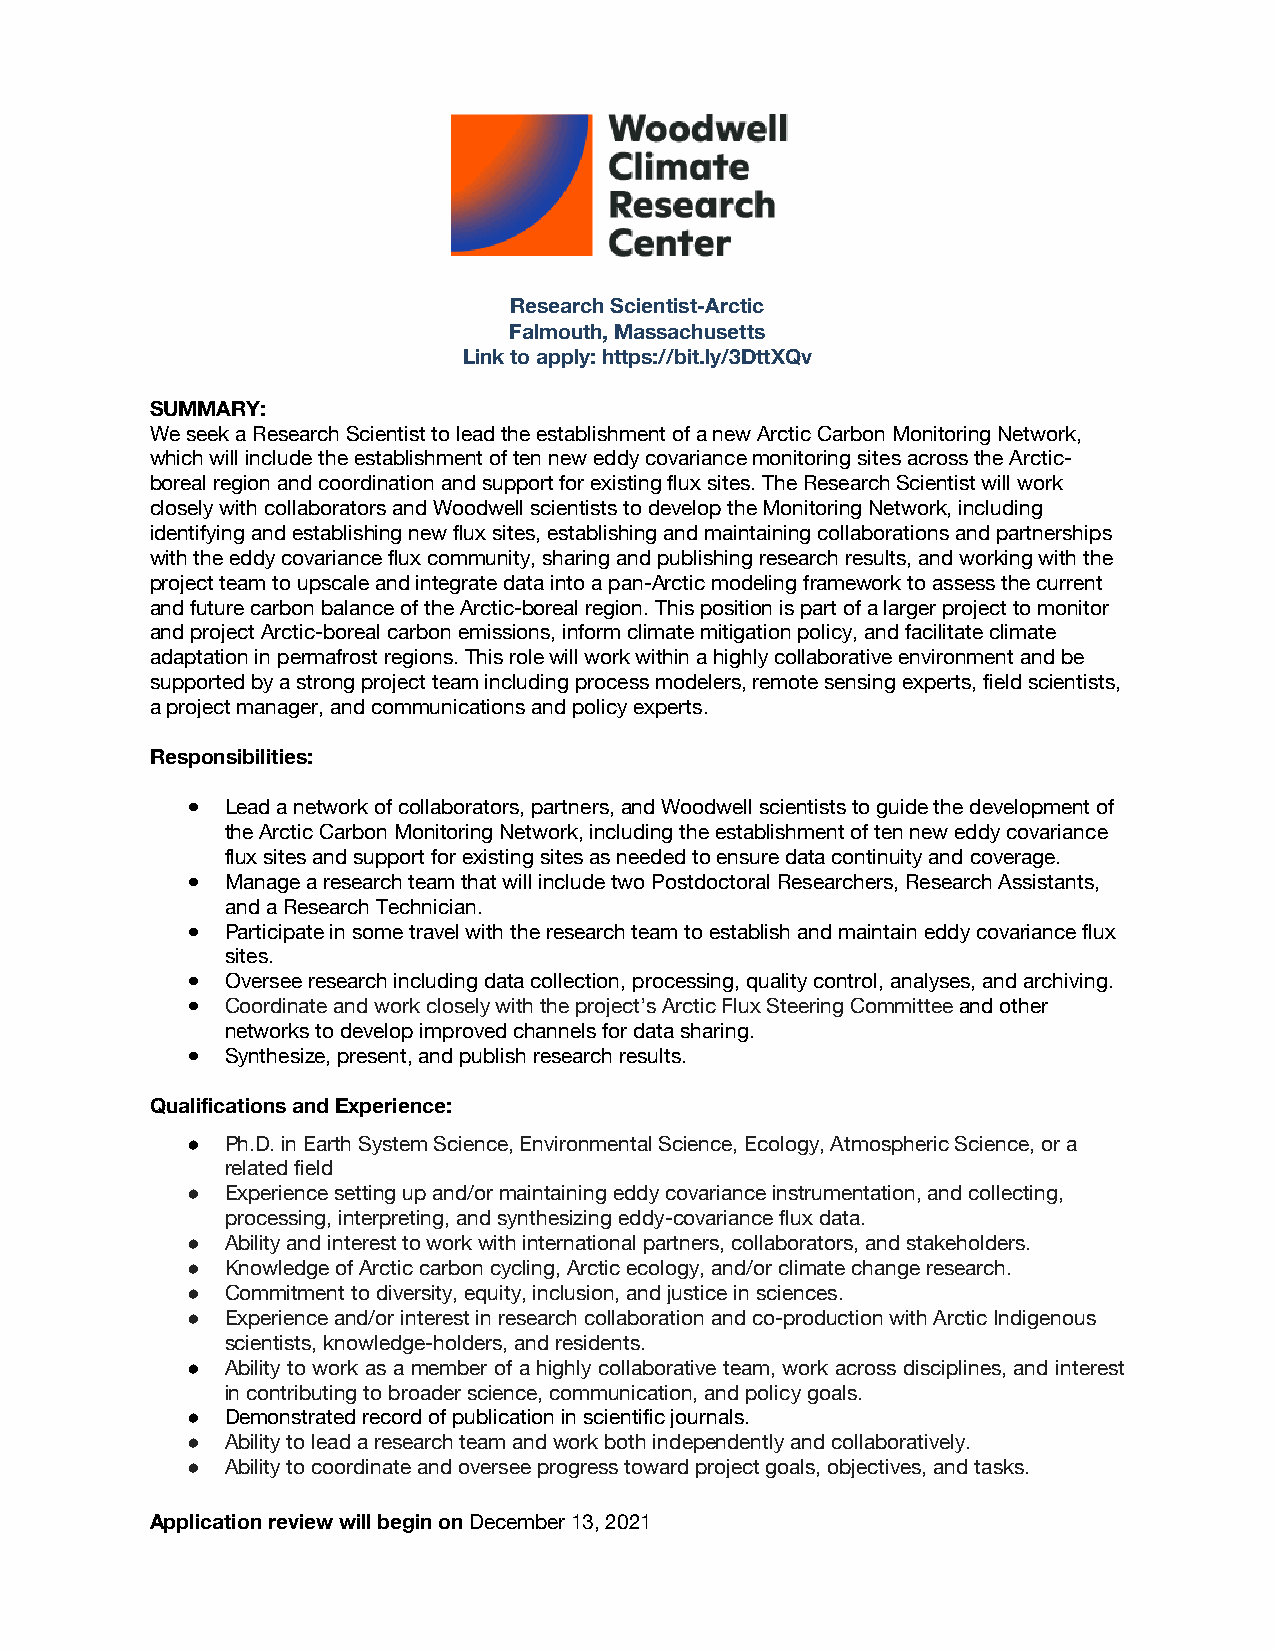
Research Scientist-Arctic
 Falmouth, Massachusetts
 Link to apply: https://bit.ly/3DttXQv
 SUMMARY:
 We seek a Research Scientist to lead the establishment of a new Arctic Carbon Monitoring Network,
 which will include the establishment of ten new eddy covariance monitoring sites across the Arctic-
 boreal region and coordination and support for existing flux sites. The Research Scientist will work
 closely with collaborators and Woodwell scientists to develop the Monitoring Network, including
 identifying and establishing new flux sites, establishing and maintaining collaborations and partnerships
 with the eddy covariance flux community, sharing and publishing research results, and working with the
 project team to upscale and integrate data into a pan-Arctic modeling framework to assess the current
 and future carbon balance of the Arctic-boreal region. This position is part of a larger project to monitor
 and project Arctic-boreal carbon emissions, inform climate mitigation policy, and facilitate climate
 adaptation in permafrost regions. This role will work within a highly collaborative environment and be
 supported by a strong project team including process modelers, remote sensing experts, field scientists,
 a project manager, and communications and policy experts.
 Responsibilities:
 ●  Lead a network of collaborators, partners, and Woodwell scientists to guide the development of
 the Arctic Carbon Monitoring Network, including the establishment of ten new eddy covariance
 flux sites and support for existing sites as needed to ensure data continuity and coverage.
 ●  Manage a research team that will include two Postdoctoral Researchers, Research Assistants,
 and a Research Technician.
 ●  Participate in some travel with the research team to establish and maintain eddy covariance flux
 sites.
 ●  Oversee research including data collection, processing, quality control, analyses, and archiving.
 ●  Coordinate and work closely with the project’s Arctic Flux Steering Committee and other
 networks to develop improved channels for data sharing.
 ●  Synthesize, present, and publish research results.
 Qualifications and Experience:
 ●  Ph.D. in Earth System Science, Environmental Science, Ecology, Atmospheric Science, or a
 related field
 ●  Experience setting up and/or maintaining eddy covariance instrumentation, and collecting,
 processing, interpreting, and synthesizing eddy-covariance flux data.
 ●  Ability and interest to work with international partners, collaborators, and stakeholders.
 ●  Knowledge of Arctic carbon cycling, Arctic ecology, and/or climate change research.
 ●  Commitment to diversity, equity, inclusion, and justice in sciences.
 ●  Experience and/or interest in research collaboration and co-production with Arctic Indigenous
 scientists, knowledge-holders, and residents.
 ●  Ability to work as a member of a highly collaborative team, work across disciplines, and interest
 in contributing to broader science, communication, and policy goals.
 ●  Demonstrated record of publication in scientific journals.
 ●  Ability to lead a research team and work both independently and collaboratively.
 ●  Ability to coordinate and oversee progress toward project goals, objectives, and tasks.
 Application review will begin on December 13, 2021